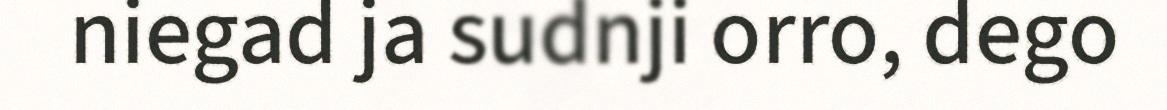
niegad ja sudnji orro, dego